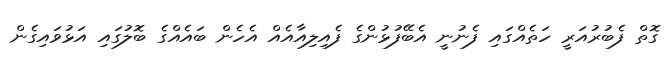
ގޮތް ފެބުރުއަރީ ހަތެއްގައި ފެނުނީ އެބޭފުޅުންގެ ފެއިލިއާއެއް އެހެން ބައެއްގެ ބޮލުގައި އަޅުވައިގެން